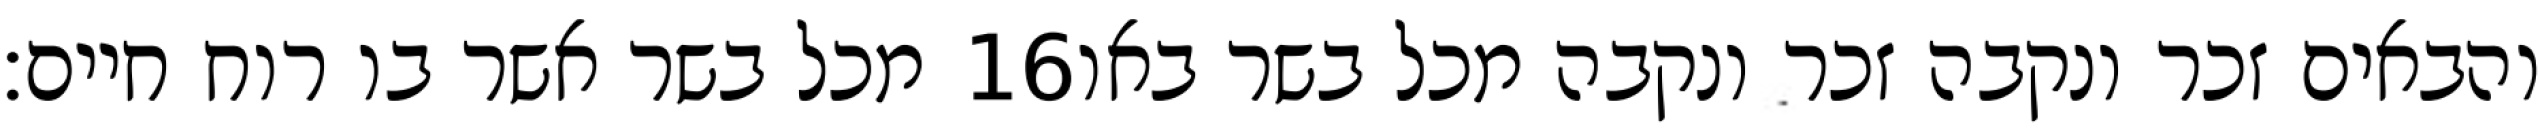
מכל בשר אשר בו רוח חיים׃ ‎16‏ והבאים זכר ונקבה זכר ונקבה מכל בשר באו